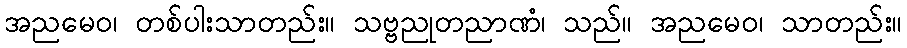
အညမေဝ၊ တစ်ပါးသာတည်း။ သဗ္ဗညုတညာဏံ၊ သည်။ အညမေဝ၊ သာတည်း။